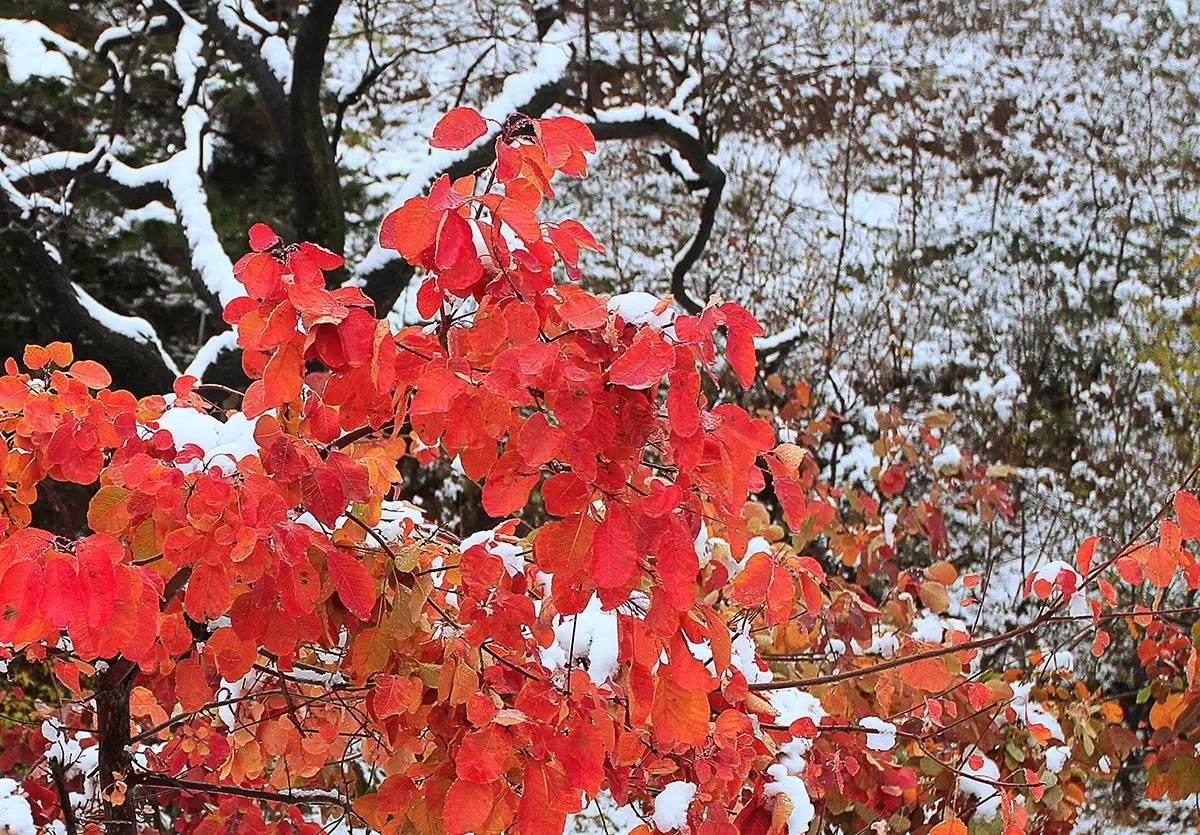
半夜倚乔松，不觉满衣雪。